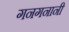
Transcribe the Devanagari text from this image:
गनगनानी